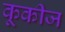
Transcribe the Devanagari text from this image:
कूकीज